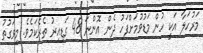
މަރުހަލާ އަކީ ހުން މަޑުވުމަށްފަހު ދެން އޮންނަ 48 ގަޑިއިރު ތެރެކަމެވެ. މިވަގުތު